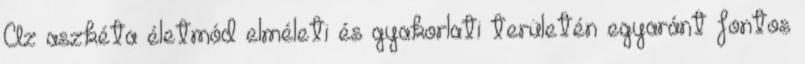
Az aszkéta életmód elméleti és gyakorlati területén egyaránt fontos